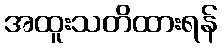
အထူးသတိထားရန်